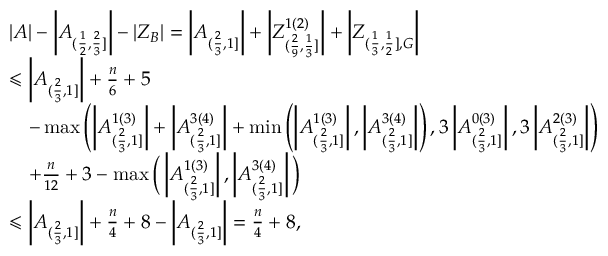
\begin{array} { r l } & { | A | - \left| A _ { ( \frac { 1 } { 2 } , \frac { 2 } { 3 } ] } \right| - | Z _ { B } | = \left| A _ { ( \frac { 2 } { 3 } , 1 ] } \right| + \left| Z _ { ( \frac { 2 } { 9 } , \frac { 1 } { 3 } ] } ^ { 1 ( 2 ) } \right| + \left| Z _ { ( \frac { 1 } { 3 } , \frac { 1 } { 2 } ] , G } \right| } \\ & { \leqslant \left| A _ { ( \frac { 2 } { 3 } , 1 ] } \right| + \frac { n } { 6 } + 5 } \\ & { \, \, \, \, \, \, - \operatorname* { m a x } \left( \left| A _ { ( \frac { 2 } { 3 } , 1 ] } ^ { 1 ( 3 ) } \right| + \left| A _ { ( \frac { 2 } { 3 } , 1 ] } ^ { 3 ( 4 ) } \right| + \operatorname* { m i n } \left( \left| A _ { ( \frac { 2 } { 3 } , 1 ] } ^ { 1 ( 3 ) } \right| , \left| A _ { ( \frac { 2 } { 3 } , 1 ] } ^ { 3 ( 4 ) } \right| \right) , 3 \left| A _ { ( \frac { 2 } { 3 } , 1 ] } ^ { 0 ( 3 ) } \right| , 3 \left| A _ { ( \frac { 2 } { 3 } , 1 ] } ^ { 2 ( 3 ) } \right| \right) } \\ & { \, \, \, \, \, \, + \frac { n } { 1 2 } + 3 - \operatorname* { m a x } \bigg ( \left| A _ { ( \frac { 2 } { 3 } , 1 ] } ^ { 1 ( 3 ) } \right| , \left| A _ { ( \frac { 2 } { 3 } , 1 ] } ^ { 3 ( 4 ) } \right| \bigg ) } \\ & { \leqslant \left| A _ { ( \frac { 2 } { 3 } , 1 ] } \right| + \frac { n } { 4 } + 8 - \left| A _ { ( \frac { 2 } { 3 } , 1 ] } \right| = \frac { n } { 4 } + 8 , } \end{array}